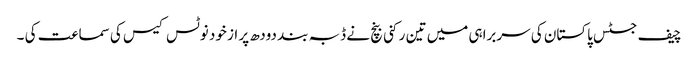
چیف جسٹس پاکستان کی سربراہی میں تین رکنی بنچ نے ڈبہ بند دودھ پر از خود نوٹس کیس کی سماعت کی ۔